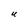
Character: U